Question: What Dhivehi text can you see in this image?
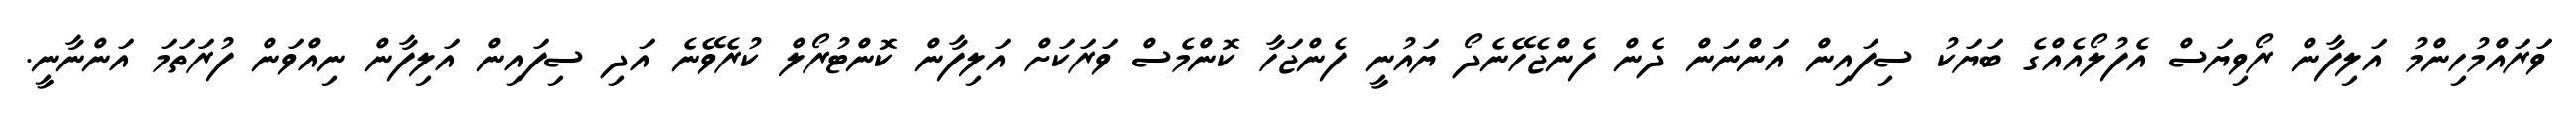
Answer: ވަރައްމުހިންމު އަލިފާން ރޯވިޔަސް އެފުލޯއެއްގެ ބަޔަކު ސިފައިން އަންނަން ދެން ފެންޖެހޭނެދޯ ޔައުނީ ފެންޖަހާ ކޮންމެސް ވަރަކަށް އަލިފާން ކޮންޓުރޯލް ކުރެވޭނެ އަދި ސިފައިން އަލިފާން ނިއްވަން ފުރަތަމަ އަންނާނީ.